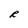
Character: R